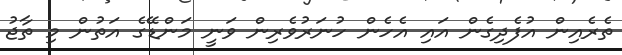
ތެރެއިން އުފެދިގެން އައި އެހެން ހުނަރުވެރިން ވަނީ މަންޑޭގެ އަތުން މި ތާޖު